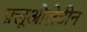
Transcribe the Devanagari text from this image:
फ़्लूओज़ेटीन